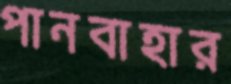
পানবাহার